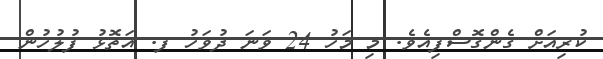
ކުރިއަށް ގެންގޮސްފިއެވެ. މި މަހު 24 ވަނަ ދުވަހު ފ. އަތޮޅު ފުލުހުން